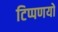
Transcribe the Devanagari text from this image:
टिप्पणयों